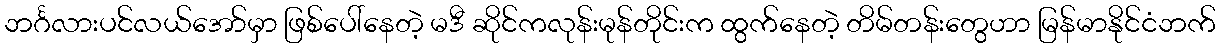
ဘင်္ဂလားပင်လယ်အော်မှာ ဖြစ်ပေါ်နေတဲ့ မဒီ ဆိုင်ကလုန်းမုန်တိုင်းက ထွက်နေတဲ့ တိမ်တန်းတွေဟာ မြန်မာနိုင်ငံဘက်